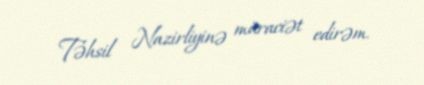
Təhsil Nazirliyinə müraciət edirəm.